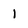
Character: 1